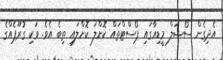
އެދިގެން ސޯޝަލް މީޑިއާގައި ޕޯސްޓްތައް ކޮށްލަ ކޮށްލައި ތިބެ އެވެ. ވަކި ގުރޫޕެއްގެ